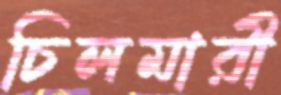
চিলমারী